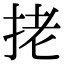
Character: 㧯